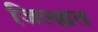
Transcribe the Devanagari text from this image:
जिल्ह्यत